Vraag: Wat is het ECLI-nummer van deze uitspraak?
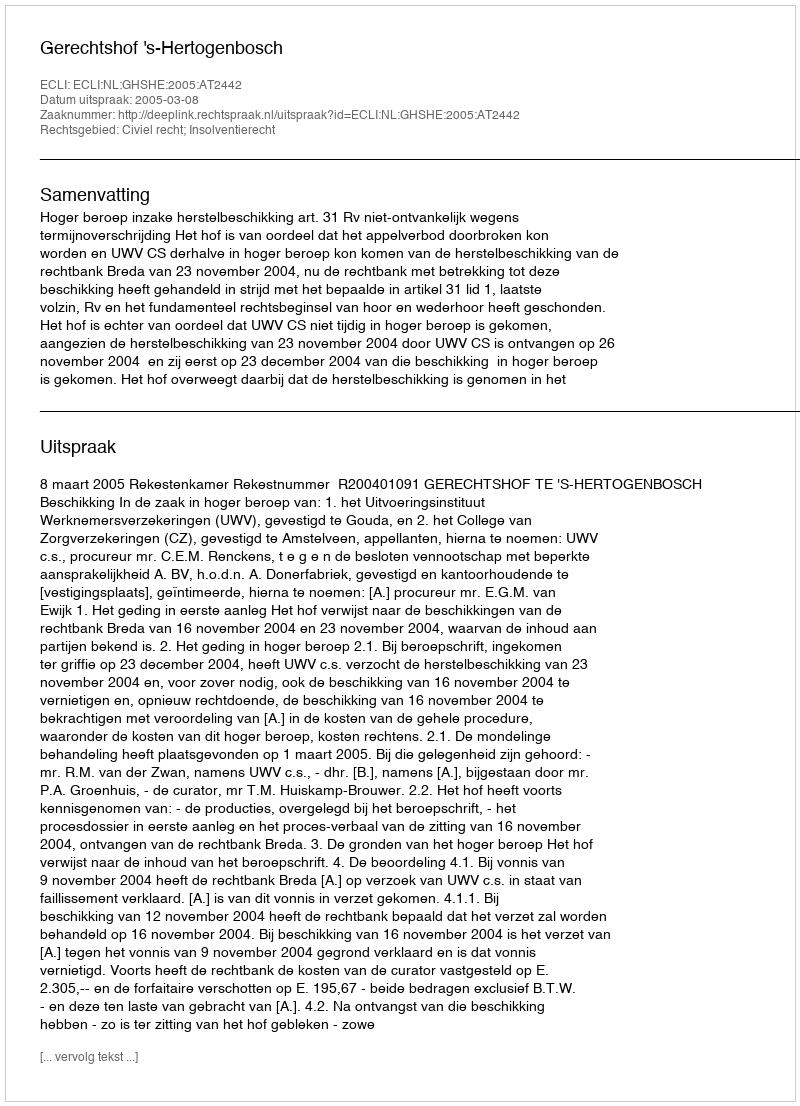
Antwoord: ECLI:NL:GHSHE:2005:AT2442